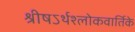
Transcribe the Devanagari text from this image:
श्रीषऽर्थश्लोकवार्तिके